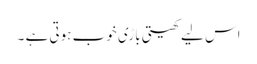
اس لیے کھیتی باڑی خوب ہوتی ہے ۔